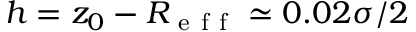
h = z _ { 0 } - R _ { \mathrm { ~ e ~ f ~ f ~ } } \simeq 0 . 0 2 \sigma / 2